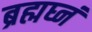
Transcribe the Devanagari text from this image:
ब्रह्मघ्नं